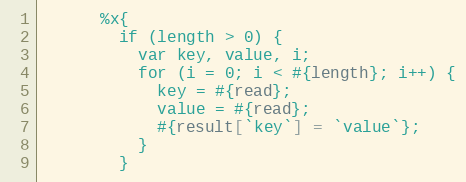
Language: Ruby
      %x{
        if (length > 0) {
          var key, value, i;
          for (i = 0; i < #{length}; i++) {
            key = #{read};
            value = #{read};
            #{result[`key`] = `value`};
          }
        }